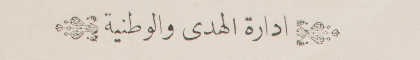
إدارة الهدى والوطني
ة